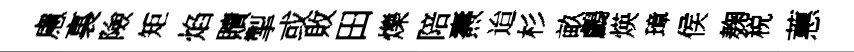
慮裏險矩焰贖掣或敗田爍陪燾迨杉畝鸕煐璋侯麹税蕙